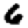
Digit: 6